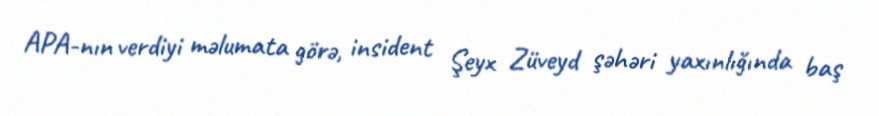
APA-nın verdiyi məlumata görə, insident Şeyx Züveyd şəhəri yaxınlığında baş